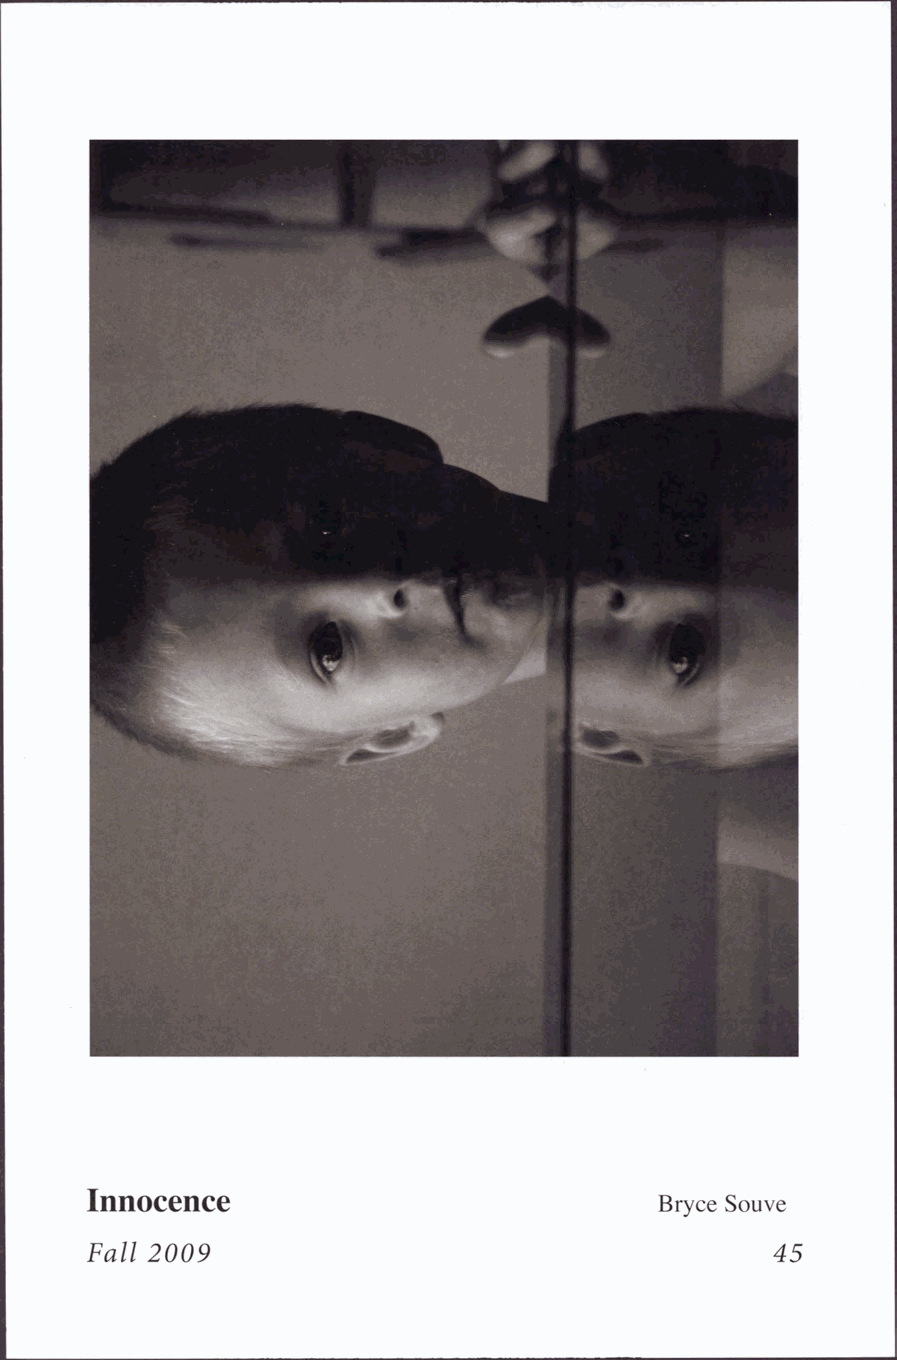
Innocence
 Bryce Souve
 Fall 2009                                    45